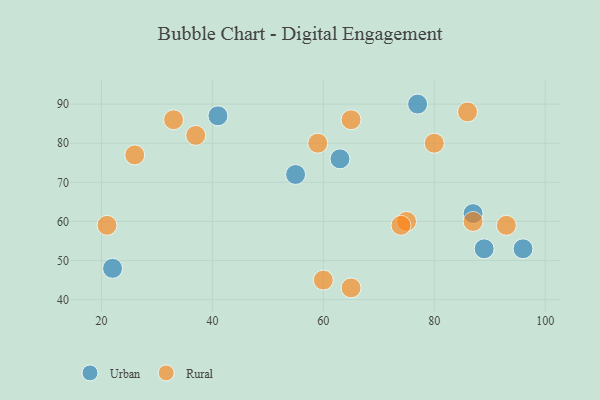
{"axis": {"x": "GDP", "y": "Life Expectancy"}, "legend": ["Rural", "Urban"], "data": [{"x": "63", "y": 76, "type": "Urban"}, {"x": "22", "y": 48, "type": "Urban"}, {"x": "77", "y": 90, "type": "Urban"}, {"x": "96", "y": 53, "type": "Urban"}, {"x": "41", "y": 87, "type": "Urban"}, {"x": "87", "y": 62, "type": "Urban"}, {"x": "55", "y": 72, "type": "Urban"}, {"x": "89", "y": 53, "type": "Urban"}, {"x": "65", "y": 43, "type": "Rural"}, {"x": "65", "y": 86, "type": "Rural"}, {"x": "33", "y": 86, "type": "Rural"}, {"x": "60", "y": 45, "type": "Rural"}, {"x": "93", "y": 59, "type": "Rural"}, {"x": "80", "y": 80, "type": "Rural"}, {"x": "75", "y": 60, "type": "Rural"}, {"x": "26", "y": 77, "type": "Rural"}, {"x": "86", "y": 88, "type": "Rural"}, {"x": "21", "y": 59, "type": "Rural"}, {"x": "37", "y": 82, "type": "Rural"}, {"x": "87", "y": 60, "type": "Rural"}, {"x": "59", "y": 80, "type": "Rural"}, {"x": "74", "y": 59, "type": "Rural"}]}